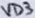
Text: VD3